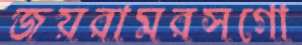
জয়রামরসগো